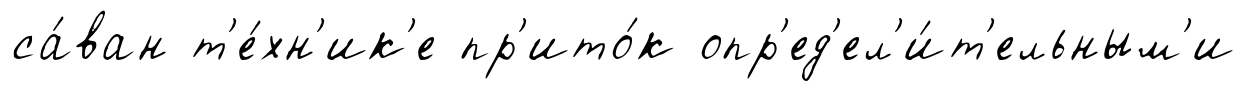
са́ван т'е́хн'ик'е пр'ито́к опр'ед'ел'и́т'ельным'и